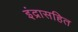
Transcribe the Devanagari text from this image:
इंद्रासहित